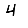
Digit: 4